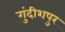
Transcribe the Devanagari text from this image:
गुंदीशपुर